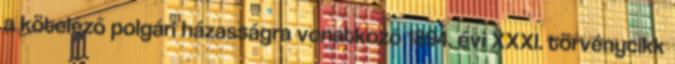
a kötelező polgári házasságra vonatkozó 1894. évi XXXI. törvénycikk